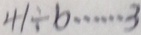
4 1 \div b \cdots 3